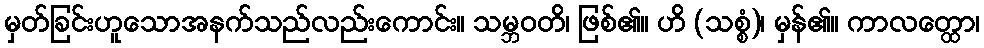
မှတ်ခြင်းဟူသောအနက်သည်လည်းကောင်း။ သမ္ဘဝတိ၊ ဖြစ်၏။ ဟိ (သစ္စံ)၊ မှန်၏။ ကာလတ္ထော၊